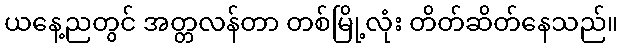
ယနေ့ညတွင် အတ္တလန်တာ တစ်မြို့လုံး တိတ်ဆိတ်နေသည်။